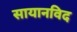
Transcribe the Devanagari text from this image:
सायानविद